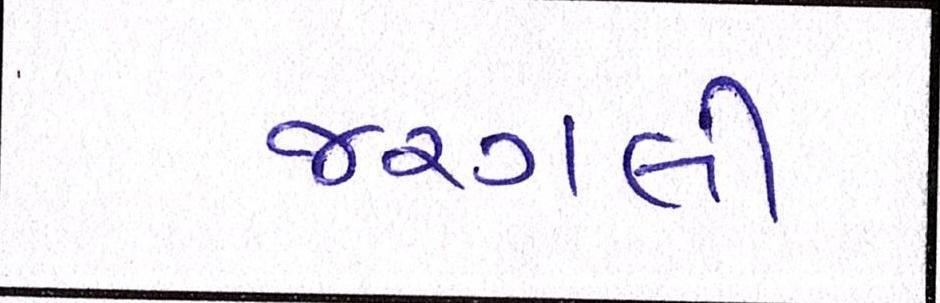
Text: જરગલી